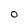
Character: 0